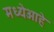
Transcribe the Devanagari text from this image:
मध्येआहे